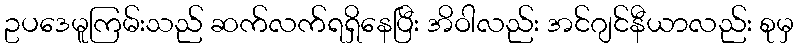
ဥပဒေမူကြမ်းသည် ဆက်လက်ရရှိနေပြီး အိဝါလည်း အင်ဂျင်နီယာလည်း စုမှ